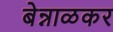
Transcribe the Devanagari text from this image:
बेन्नाळकर